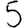
Digit: 5